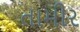
તામીર